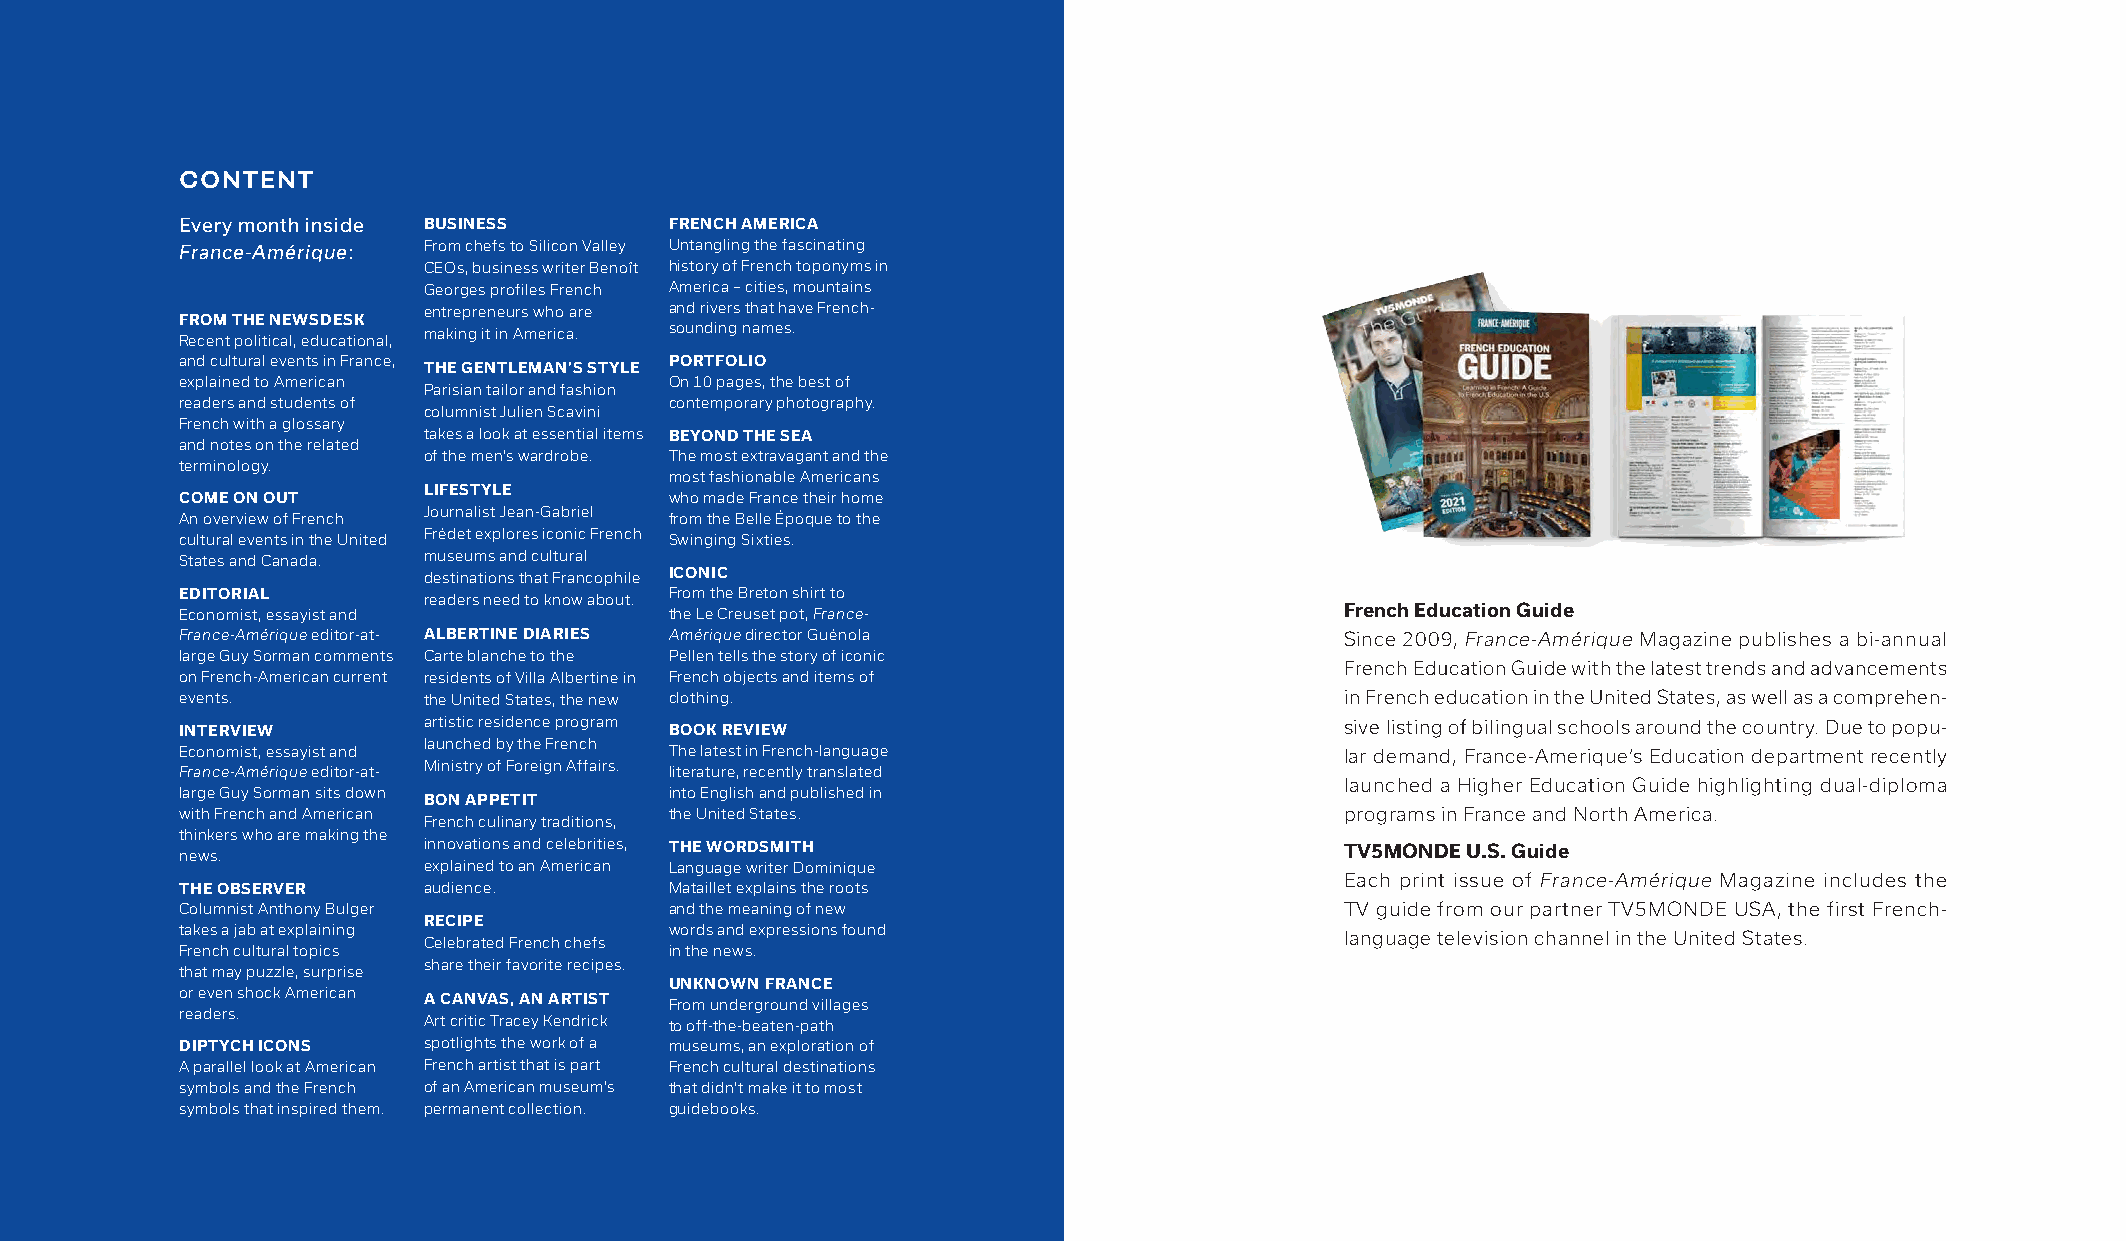
CONTENT
 Every month inside BUSINESS     FRENCH AMERICA
 France-Amérique: From chefs to Silicon Valley Untangling the fascinating
 CEOs, business writer Benoît history of French toponyms in
 Georges profiles French America – cities, mountains
 entrepreneurs who are and rivers that have French-
 FROM THE NEWSDESK
 making it in America. sounding names.
 Recent political, educational,
 and cultural events in France,  PORTFOLIO
 THE GENTLEMAN’S STYLE
 explained to American           On 10 pages, the best of
 Parisian tailor and fashion
 readers and students of         contemporary photography.
 columnist Julien Scavini
 French with a glossary
 takes a look at essential items BEYOND THE SEA
 and notes on the related
 of the men’s wardrobe. The most extravagant and the
 terminology.
 most fashionable Americans
 LIFESTYLE
 COME ON OUT                     who made France their home
 Journalist Jean-Gabriel
 An overview of French           from the Belle Époque to the
 cultural events in the United Frédet explores iconic French Swinging Sixties.
 States and Canada. museums and cultural
 destinations that Francophile ICONIC
 EDITORIAL       readers need to know about. From the Breton shirt to
 Economist, essayist and         the Le Creuset pot, France-                  French Education Guide
 France-Amérique editor-at- ALBERTINE DIARIES Amérique director Guénola       Since 2009, France-Amérique Magazine publishes a bi-annual
 large Guy Sorman comments Carte blanche to the Pellen tells the story of iconic
 French Education Guide with the latest trends and advancements
 on French-American current residents of Villa Albertine in French objects and items of
 events.         the United States, the new clothing.                         in French education in the United States, as well as a comprehen-
 INTERVIEW       artistic residence program BOOK REVIEW                       sive listing of bilingual schools around the country. Due to popu-
 launched by the French
 Economist, essayist and         The latest in French-language                lar demand, France-Amerique’s Education department recently
 Ministry of Foreign Affairs.
 France-Amérique editor-at-      literature, recently translated
 launched a Higher Education Guide highlighting dual-diploma
 large Guy Sorman sits down BON APPETIT into English and published in
 with French and American        the United States.                           programs in France and North America.
 French culinary traditions,
 thinkers who are making the
 innovations and celebrities, THE WORDSMITH                   TV5MONDE U.S. Guide
 news.
 explained to an American Language writer Dominique
 Each print issue of France-Amérique Magazine includes the
 THE OBSERVER    audience.       Mataillet explains the roots
 Columnist Anthony Bulger        and the meaning of new                       TV guide from our partner TV5MONDE USA, the first French-
 RECIPE
 takes a jab at explaining       words and expressions found
 language television channel in the United States.
 Celebrated French chefs
 French cultural topics          in the news.
 share their favorite recipes.
 that may puzzle, surprise
 UNKNOWN FRANCE
 or even shock American A CANVAS, AN ARTIST From underground villages
 readers.
 Art critic Tracey Kendrick to off-the-beaten-path
 DIPTYCH ICONS   spotlights the work of a museums, an exploration of
 A parallel look at American French artist that is part French cultural destinations
 symbols and the French of an American museum’s that didn’t make it to most
 symbols that inspired them. permanent collection. guidebooks.